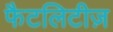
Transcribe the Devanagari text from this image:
फैटलिटीज़